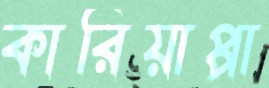
কারিয়াপ্পা